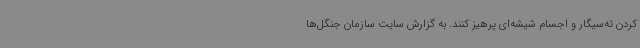
کردن ته‌سیگار و اجسام شیشه‌ای پرهیز کنند. به گزارش سایت سازمان جنگل‌ها